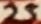
Text: 25